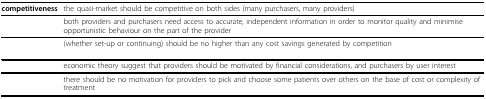
<table><thead><tr><td><b>competitiveness</b></td><td><b>the quasi-market should be competitive on both sides (many purchasers, many providers)</b></td></tr></thead><tbody><tr><td>[EMPTY_CELL]</td><td>both providers and purchasers need access to accurate, independent information in order to monitor quality and minimise opportunistic behaviour on the part of the provider</td></tr><tr><td>[EMPTY_CELL]</td><td>(whether set-up or continuing) should be no higher than any cost savings generated by competition</td></tr><tr><td>[EMPTY_CELL]</td><td>economic theory suggest that providers should be motivated by financial considerations, and purchasers by user interest</td></tr><tr><td>[EMPTY_CELL]</td><td>there should be no motivation for providers to pick and choose some patients over others on the base of cost or complexity of treatment</td></tr></tbody></table>